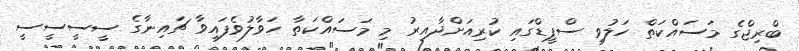
ބްރިޖްގެ މަސައްކަތް ހަލުވި ސްޕީޑްގައި ކުރިއަށްދާއިރު މި މަސައްކަތާ ހަވާލުވެފައިވާ ޗައިނާގެ ސީސީސީސީ